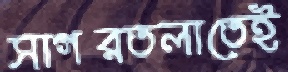
সাগরতলাতেই